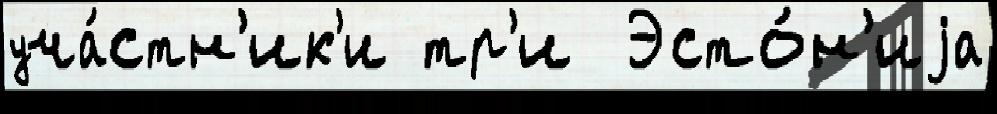
уча́стн'ик'и тр'и  Эсто́н'иjа